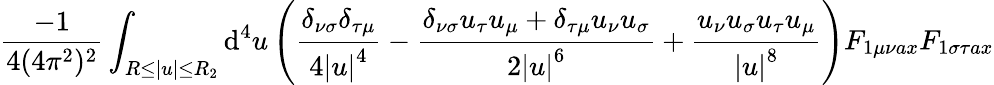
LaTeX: \frac{-1}{4(4\pi^{2})^{2}}\int_{R\leq\left|u\right|\leq R_{2}}\mathrm{d}^{4}u\left(\frac{\delta_{\nu\sigma}\delta_{\tau\mu}}{4\left|u\right|^{4}}-\frac{\delta_{\nu\sigma}u_{\tau}u_{\mu}+\delta_{\tau\mu}u_{\nu}u_{\sigma}}{2\left|u\right|^{6}}+\frac{u_{\nu}u_{\sigma}u_{\tau}u_{\mu}}{\left|u\right|^{8}}\right)F_{1\mu\nu ax}F_{1\sigma\tau ax}